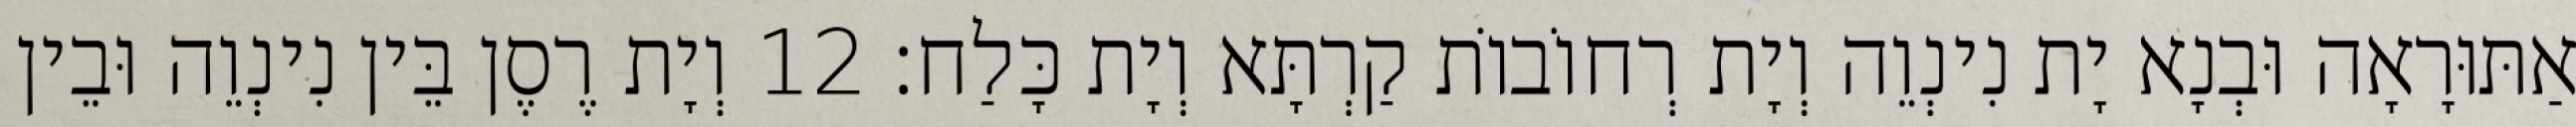
אַתּוּרָאָה וּבְנָא יָת נִינְוֵה וְיָת רְחוֹבוֹת קַרְתָּא וְיָת כָּלַח׃ 12 וְיָת רֶסֶן בֵּין נִינְוֵה וּבֵין